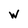
Character: W